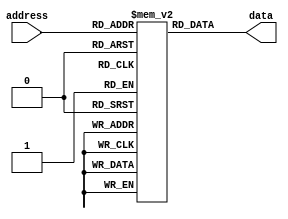
module fuse_rom(
    input wire [address_width-1:0] address,
    output reg [data_width-1:0] data
);

// Define the data width and address width
parameter data_width = 8;
parameter address_width = 4;

// Define the fuse matrix to store pre-programmed data values
reg [data_width-1:0] memory [0:2**address_width-1];

initial begin
    // Initialize the fuse matrix with pre-programmed data values
    memory[0] = 8'hFF; // address 0
    memory[1] = 8'hAA; // address 1
    memory[2] = 8'h55; // address 2
    // Add more pre-programmed data values as needed
end

// Retrieve the stored data based on the input address
always @(*) begin
    data = memory[address];
end

endmodule